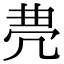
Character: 𠙐